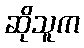
ဆိုသူက